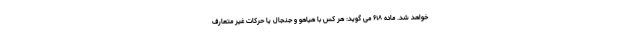
خواهد شد. ماده ۶۱۸ می گوید: هر کس با هیاهو و جنجال یا حرکات غیر متعارف